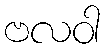
ဗလဝါ